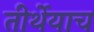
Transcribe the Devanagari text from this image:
तीर्थेयाच